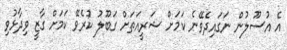
އެ އުސޫލުން ނަގައިދެވޭނެ ކަމަށް ޝަރީއަތަށް ގަބޫލު ކުރެވޭ ކަމަށް ގާޒީ ވިދާޅުވި